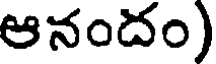
ఆనందం)